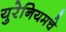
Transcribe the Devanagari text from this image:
युरेनियमचे